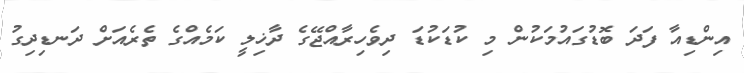
އިންޑިއާ ފަދަ ބޮޑުގައުމަކުން މި ކުޑަކުޑަ ދިވެހިރާއްޖޭގެ ދާޚިލީ ކަމެއްގެ ތެރެއަށް ދަނޑިދިގު